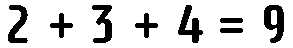
2 + 3 + 4 = 9